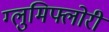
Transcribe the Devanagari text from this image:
ग्लुमिफ्लोरी